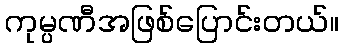
ကုမ္ပဏီအဖြစ်ပြောင်းတယ်။